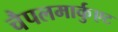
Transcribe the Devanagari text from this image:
चैपलमार्कुएट